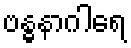
ဗန္ဓနာဂါရေ